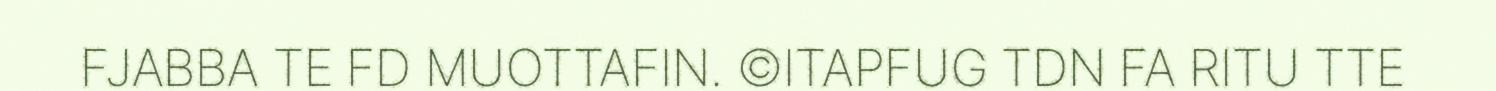
FJABBA TE FD MUOTTAFIN. ©ITAPFUG TDN FA RITU TTE